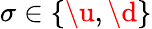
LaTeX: \sigma\in\{ \u,\d\}